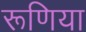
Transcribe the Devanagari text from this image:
रूणिया